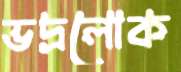
ভদ্রলোক